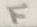
Text: F